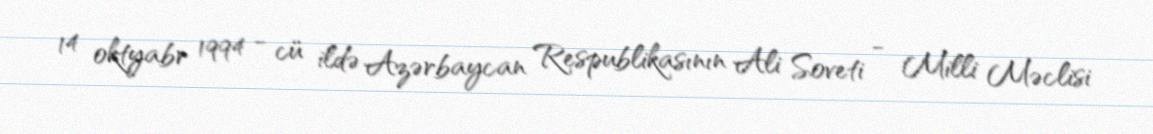
14 oktyabr 1994 - cü ildə Azərbaycan Respublikasının Ali Soveti - Milli Məclisi